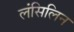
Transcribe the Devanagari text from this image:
लंसिलिन